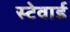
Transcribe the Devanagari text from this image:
स्टेवार्ड